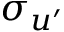
\sigma _ { u ^ { \prime } }